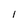
Character: 1